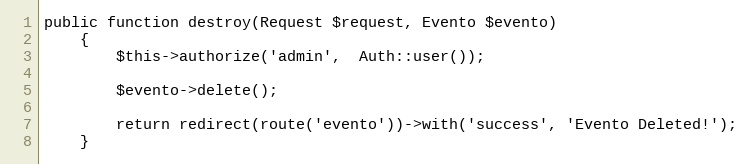
Language: PHP
public function destroy(Request $request, Evento $evento)
	{
		$this->authorize('admin',  Auth::user());

		$evento->delete();

		return redirect(route('evento'))->with('success', 'Evento Deleted!');
	}